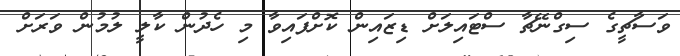
ވަސާޗީގެ ސިގްނޭޗާ ސްޓައިލަށް ޑިޒައިން ކޮށްފައިވާ މި ހެދުން ކާލީ ލުމުން ވަރަށް